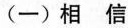
(一)相信